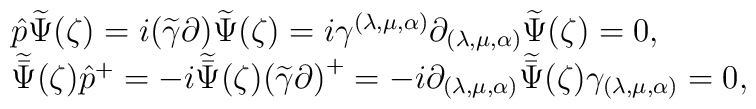
\begin{array}{l}\hat{p}\widetilde{\Psi}(\zeta)=i(\widetilde{\gamma}\partial)\widetilde{\Psi}(\zeta)=i\gamma^{(\lambda,\mu,\alpha)}\partial_{(\lambda,\mu,\alpha)}\widetilde{\Psi}(\zeta)=0,\\\widetilde{\bar{\Psi}}(\zeta){\hat{p}}^{+}=-i\widetilde{\bar{\Psi}}(\zeta){(\widetilde{\gamma}\partial)}^{+}=-i\partial_{(\lambda,\mu,\alpha)}\widetilde{\bar{\Psi}}(\zeta)\gamma_{(\lambda,\mu,\alpha)}=0,\end{array}